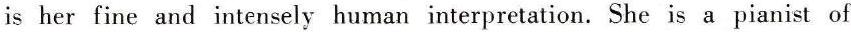
is her fine and intensely human interpretation. She is a pianist of